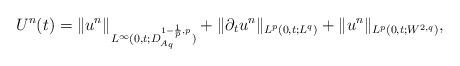
\begin{align*}U^{n}(t)=\|u^{n}\|_{L^{\infty}(0,t;D_{A_{q}}^{1-\frac{1}{p},p})}+\|\partial_{t}u^{n}\|_{L^{p}(0,t;L^{q})}+\|u^{n}\|_{L^{p}(0,t;W^{2,q})},\end{align*}